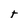
Character: t